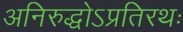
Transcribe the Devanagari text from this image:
अनिरुद्धोऽप्रतिरथः